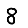
Digit: 8